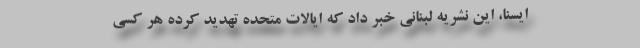
ایسنا، این نشریه لبنانی خبر داد که ایالات متحده تهدید کرده هر کسی